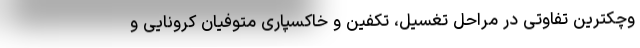
وچکترین تفاوتی در مراحل تغسیل، تکفین و خاکسپاری متوفیان کرونایی و